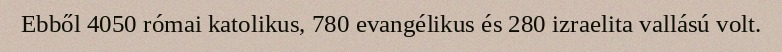
Ebből 4050 római katolikus, 780 evangélikus és 280 izraelita vallású volt.